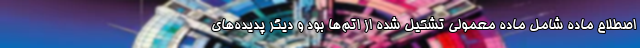
اصطلاح ماده شامل ماده معمولی تشکیل شده از اتم‌ها بود و دیگر پدیده‌های